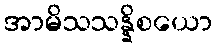
အာမိသသန္နိစယော